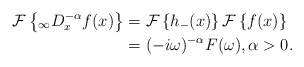
\begin{align*}\mathcal{F}\left\{ _{\infty}D_{x}^{-\alpha}f(x)\right\} & =\mathcal{F}\left\{ h_{-}(x)\right\} \mathcal{F}\left\{ f(x)\right\} \\& =(-i\omega)^{-\alpha}F(\omega),\alpha>0.\end{align*}